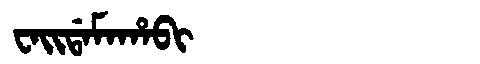
Manchu: ᠸᠠᡳᡩᠠᠮᠠᡥᠠᠪᡳ
Romanization: WAIDAMAHABI